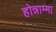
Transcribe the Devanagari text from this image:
होन्नाम्मा